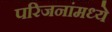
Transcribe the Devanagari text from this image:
परिजनांमध्ये